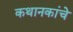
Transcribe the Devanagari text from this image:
कथानकांचे